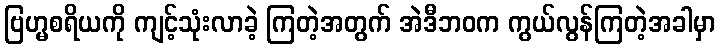
ဗြဟ္မစရိယကို ကျင့်သုံးလာခဲ့ ကြတဲ့အတွက် အဲဒီဘဝက ကွယ်လွန်ကြတဲ့အခါမှာ